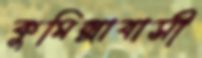
কুমিল্লাবাসী